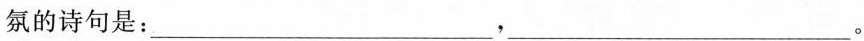
氛的诗句是：___，___。